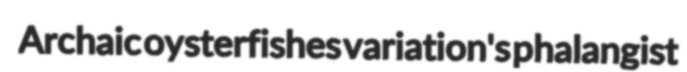
Archaic oysterfishes variation's phalangist